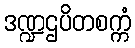
ဒဏ္ဍဌပိတစက္ကံ